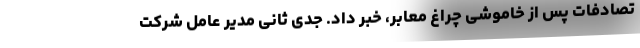
تصادفات پس از خاموشی چراغ معابر، خبر داد. جدی ثانی مدیر عامل شرکت